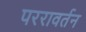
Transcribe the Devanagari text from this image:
पररावर्तन